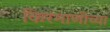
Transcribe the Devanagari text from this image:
किरमाणीच्या